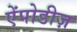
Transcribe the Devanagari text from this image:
ऐंपोडीज़